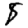
Digit: 8